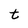
Character: t